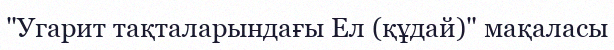
"Угарит тақталарындағы Ел (құдай)" мақаласы